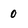
Character: 0